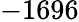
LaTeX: -1696